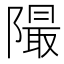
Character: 𨼥